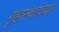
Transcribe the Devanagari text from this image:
गृहस्थांच्या